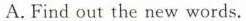
A.Find out the new words.